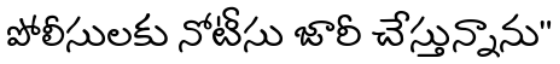
పోలీసులకు నోటీసు జారీ చేస్తున్నాను"